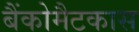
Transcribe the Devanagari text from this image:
बैंकोमैटकास